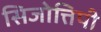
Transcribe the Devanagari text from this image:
सिजोत्तिपी